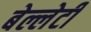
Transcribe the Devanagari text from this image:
बेल्लेटी